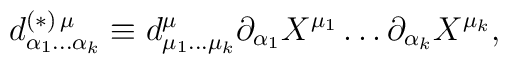
d^{(\ast) \, \mu}_{\alpha_{1} \ldots \alpha_{k}} \equiv d^{\mu}_{\mu_{1} \ldots\mu_{k}} \partial_{\alpha_{1}} X^{\mu_{1}} \ldots \partial_{\alpha_{k}}X^{\mu_{k}}  ,